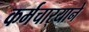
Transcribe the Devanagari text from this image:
कर्मचार्‍याने